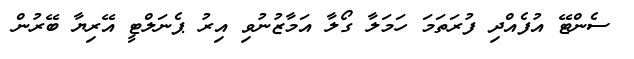
ސެންޓޭ އުފެއްދި ފުރަތަމަ ހަމަލާ ގޯލާ އަމާޒުނުވި އިރު ޕެނަލްޓީ އޭރިޔާ ބޭރުން